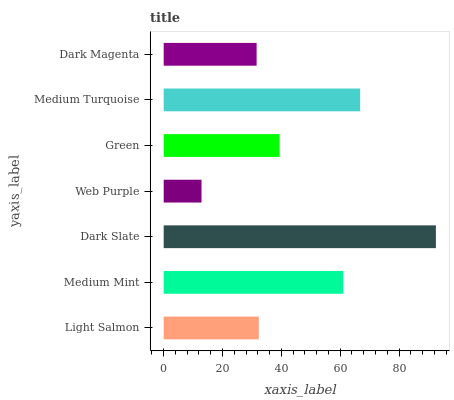
| yaxis_label | bars |
 | --- | --- |
 | Light Salmon | 32.3 |
 | Medium Mint | 61.1 |
 | Dark Slate | 92.5 |
 | Web Purple | 12.9 |
 | Green | 39.4 |
 | Medium Turquoise | 66.8 |
 | Dark Magenta | 31.6 |